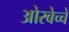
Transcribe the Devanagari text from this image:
ओरबेच्चे